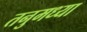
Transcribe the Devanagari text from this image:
तनुमध्या